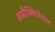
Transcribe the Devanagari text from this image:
अप्रौक्सिमेशन